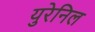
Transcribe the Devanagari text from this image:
युरेनिल